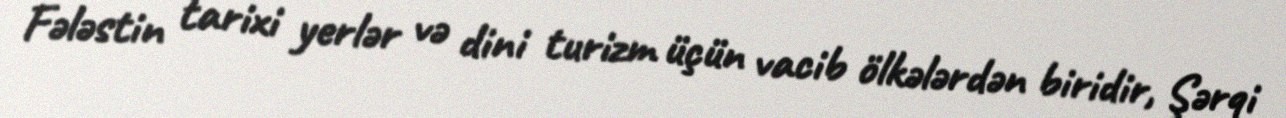
Fələstin tarixi yerlər və dini turizm üçün vacib ölkələrdən biridir, Şərqi